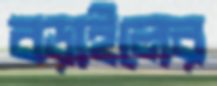
বড়াইলের